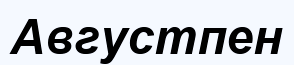
Августпен